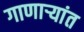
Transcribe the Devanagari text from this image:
गाणार्‍यांत